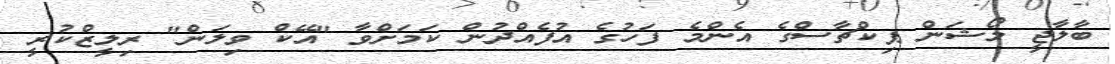
ބާލާޖީ މޯޝަން ޕިކްޗާސްގެ އެންމެ ފަހުގެ އުފެއްދުން ކަމަށްވާ "އޭކް ވިލަން" ރިލީޒްކުރީ